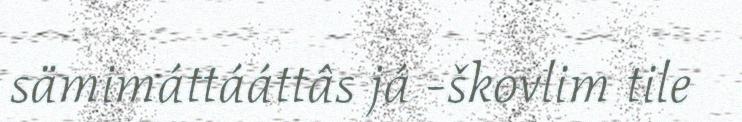
sämimáttááttâs já -škovlim tile